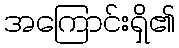
အကြောင်းရှိ၏